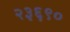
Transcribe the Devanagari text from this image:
२३६९०